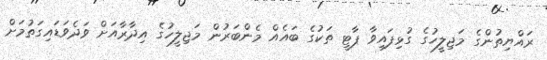
ރައްޔިތުންގެ މަޖިލީހުގެ ގުޅިފައިވާ ޕާޓީ ތަކުގެ ބައެއް މެންބަރުން މަޖިލީހުގެ އިދާރާއަށް ވަދެވަޑައިގަތުމަށް